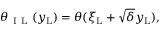
\theta _ { \mathrm { ~ I ~ L ~ } } ( y _ { \mathrm { { L } } } ) = \theta ( \xi _ { \mathrm { { L } } } + \sqrt { \delta } y _ { \mathrm { { L } } } ) ,